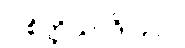
ပါစိတ္တိယာဒိပဉှာ